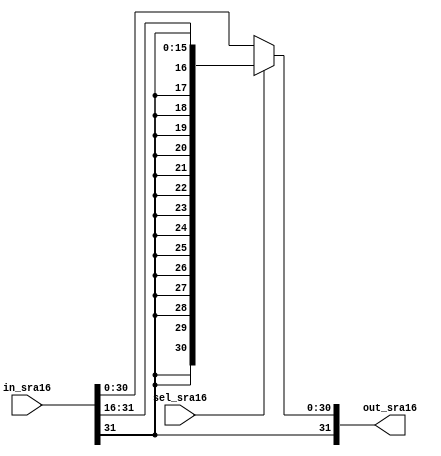
module SRA16 (in_sra16, sel_sra16, out_sra16);
  input [31:0] in_sra16;
  input sel_sra16;
  output [31:0] out_sra16;
  
  assign out_sra16 = (sel_sra16) ? {in_sra16[31], in_sra16[31], in_sra16[31], in_sra16[31], in_sra16[31], in_sra16[31], in_sra16[31], in_sra16[31], in_sra16[31], in_sra16[31], in_sra16[31], in_sra16[31], in_sra16[31], in_sra16[31], in_sra16[31], in_sra16[31], in_sra16[31:16]} : in_sra16;
endmodule